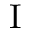
\mathrm { I }